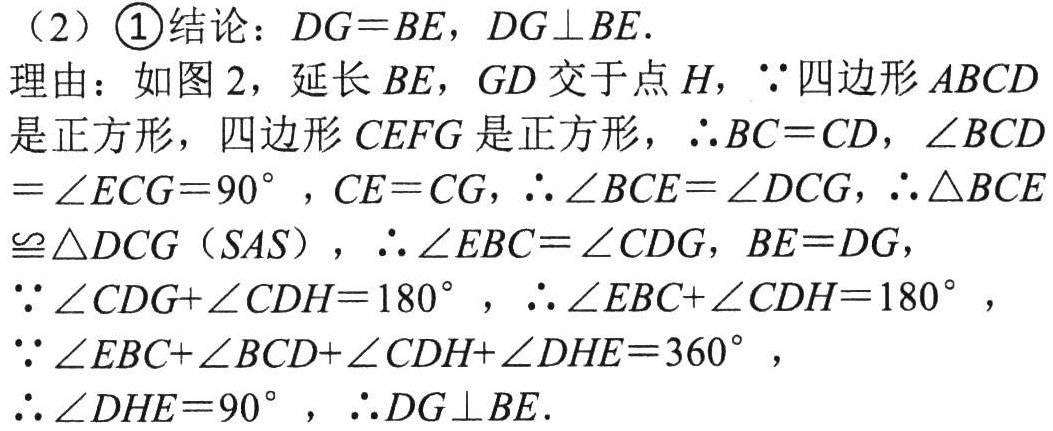
（2）\textcircled{1}结论：\(DG = BE\)，\(DG\perp BE\)．

理由：如图2，延长\(BE\)，\(GD\)交于点\(H\)，\(\because\)四边形\(ABCD\)是正方形，四边形\(CEFG\)是正方形，\(\therefore BC = CD\)，\(\angle BCD=\angle ECG = 90^{\circ}\)，\(CE = CG\)，\(\therefore\angle BCE=\angle DCG\)，\(\therefore\triangle BCE\cong\triangle DCG(SAS)\)，\(\therefore\angle EBC=\angle CDG\)，\(BE = DG\)，\(\because\angle CDG+\angle CDH = 180^{\circ}\)，\(\therefore\angle EBC+\angle CDH = 180^{\circ}\)，\(\because\angle EBC+\angle BCD+\angle CDH+\angle DHE = 360^{\circ}\)，\(\therefore\angle DHE = 90^{\circ}\)，\(\therefore DG\perp BE\)．